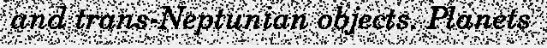
and trans-Neptunian objects. Planets